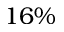
1 6 \%